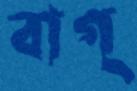
বাগ্